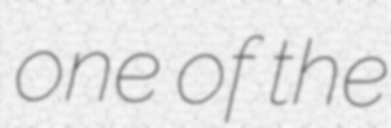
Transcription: one of the